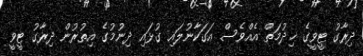
ދިރާގު ޓީވީގެ ޚިދުމަތް އެއްވެސް އަގަކާނުލައި ގުޅައި ދިނުމުގެ އިތުރުން ދިރާގު ޓީވީ